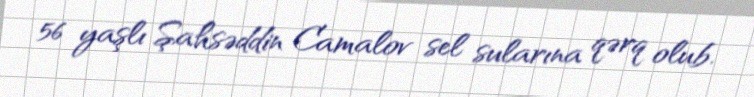
56 yaşlı Şahsəddin Camalov sel sularına qərq olub.